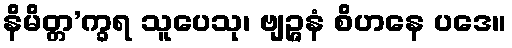
နိမိတ္တ’က္ခရ သူပေသု၊ ဗျဉ္ဇနံ စိဟနေ ပဒေ။